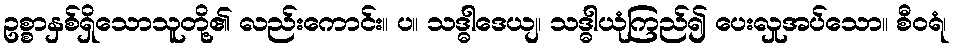
ဥစ္စာနှစ်ရှိသောသူတို့၏ လည်းကောင်း။ ပ။ သဒ္ဓါဒေယျ၊ သဒ္ဓါယုံကြည်၍ ပေးလှုအပ်သော။ စီဝရံ၊